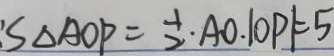
: S _ { \Delta A O P } = \frac { 1 } { 2 } \cdot A O . \vert O P \vert = 5